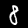
Digit: 8